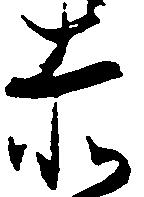
赤